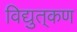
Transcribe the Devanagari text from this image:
विद्युत्‌कण